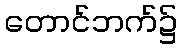
တောင်ဘက်၌